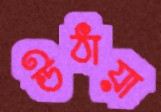
উঠায়া